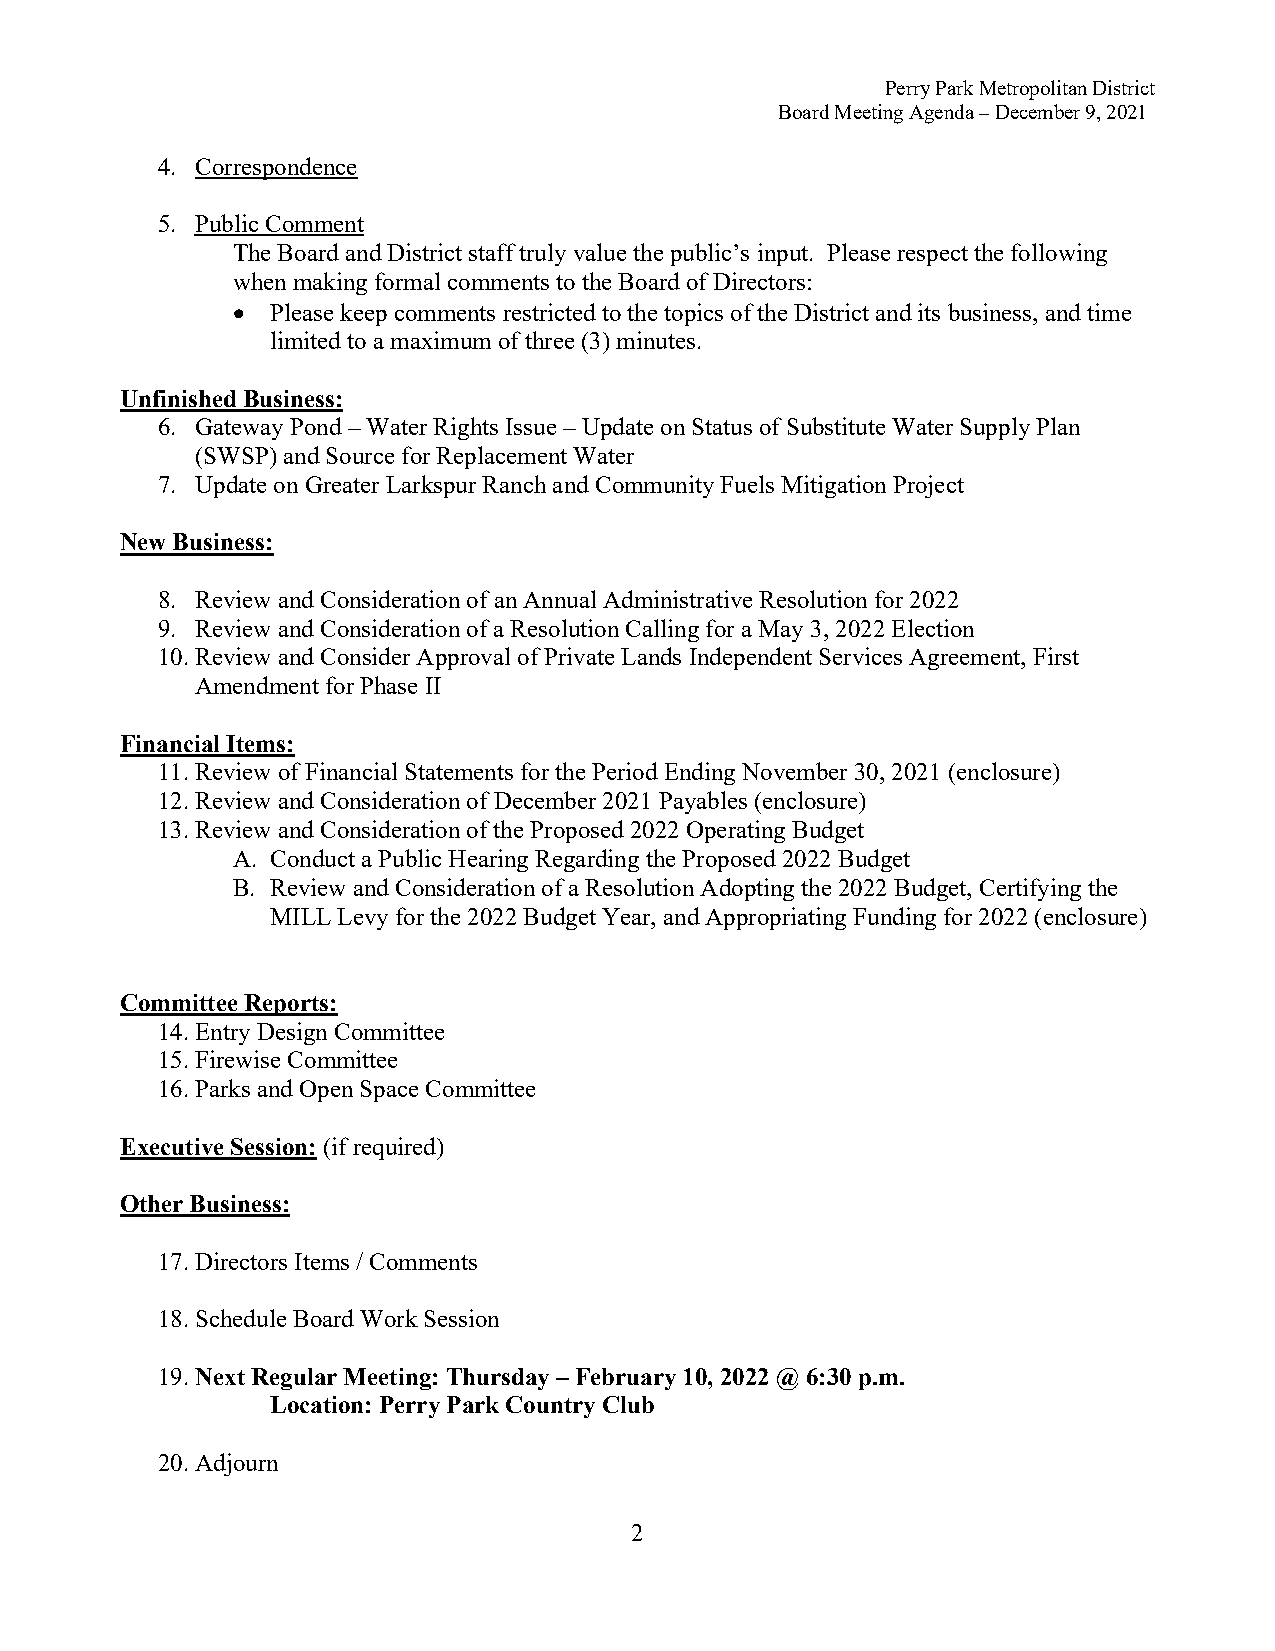
Perry Park Metropolitan District
 Board Meeting Agenda – December 9, 2021
 4. Correspondence
 5. Public Comment
 The Board and District staff truly value the public’s input. Please respect the following
 when making formal comments to the Board of Directors:
 •  Please keep comments restricted to the topics of the District and its business, and time
 limited to a maximum of three (3) minutes.
 Unfinished Business:
 6. Gateway Pond – Water Rights Issue – Update on Status of Substitute Water Supply Plan
 (SWSP) and Source for Replacement Water
 7. Update on Greater Larkspur Ranch and Community Fuels Mitigation Project
 New Business:
 8. Review and Consideration of an Annual Administrative Resolution for 2022
 9. Review and Consideration of a Resolution Calling for a May 3, 2022 Election
 10. Review and Consider Approval of Private Lands Independent Services Agreement, First
 Amendment for Phase II
 Financial Items:
 11. Review of Financial Statements for the Period Ending November 30, 2021 (enclosure)
 12. Review and Consideration of December 2021 Payables (enclosure)
 13. Review and Consideration of the Proposed 2022 Operating Budget
 A. Conduct a Public Hearing Regarding the Proposed 2022 Budget
 B. Review and Consideration of a Resolution Adopting the 2022 Budget, Certifying the
 MILL Levy for the 2022 Budget Year, and Appropriating Funding for 2022 (enclosure)
 Committee Reports:
 14. Entry Design Committee
 15. Firewise Committee
 16. Parks and Open Space Committee
 Executive Session: (if required)
 Other Business:
 17. Directors Items / Comments
 18. Schedule Board Work Session
 19. Next Regular Meeting: Thursday – February 10, 2022 @ 6:30 p.m.
 Location: Perry Park Country Club
 20. Adjourn
 2